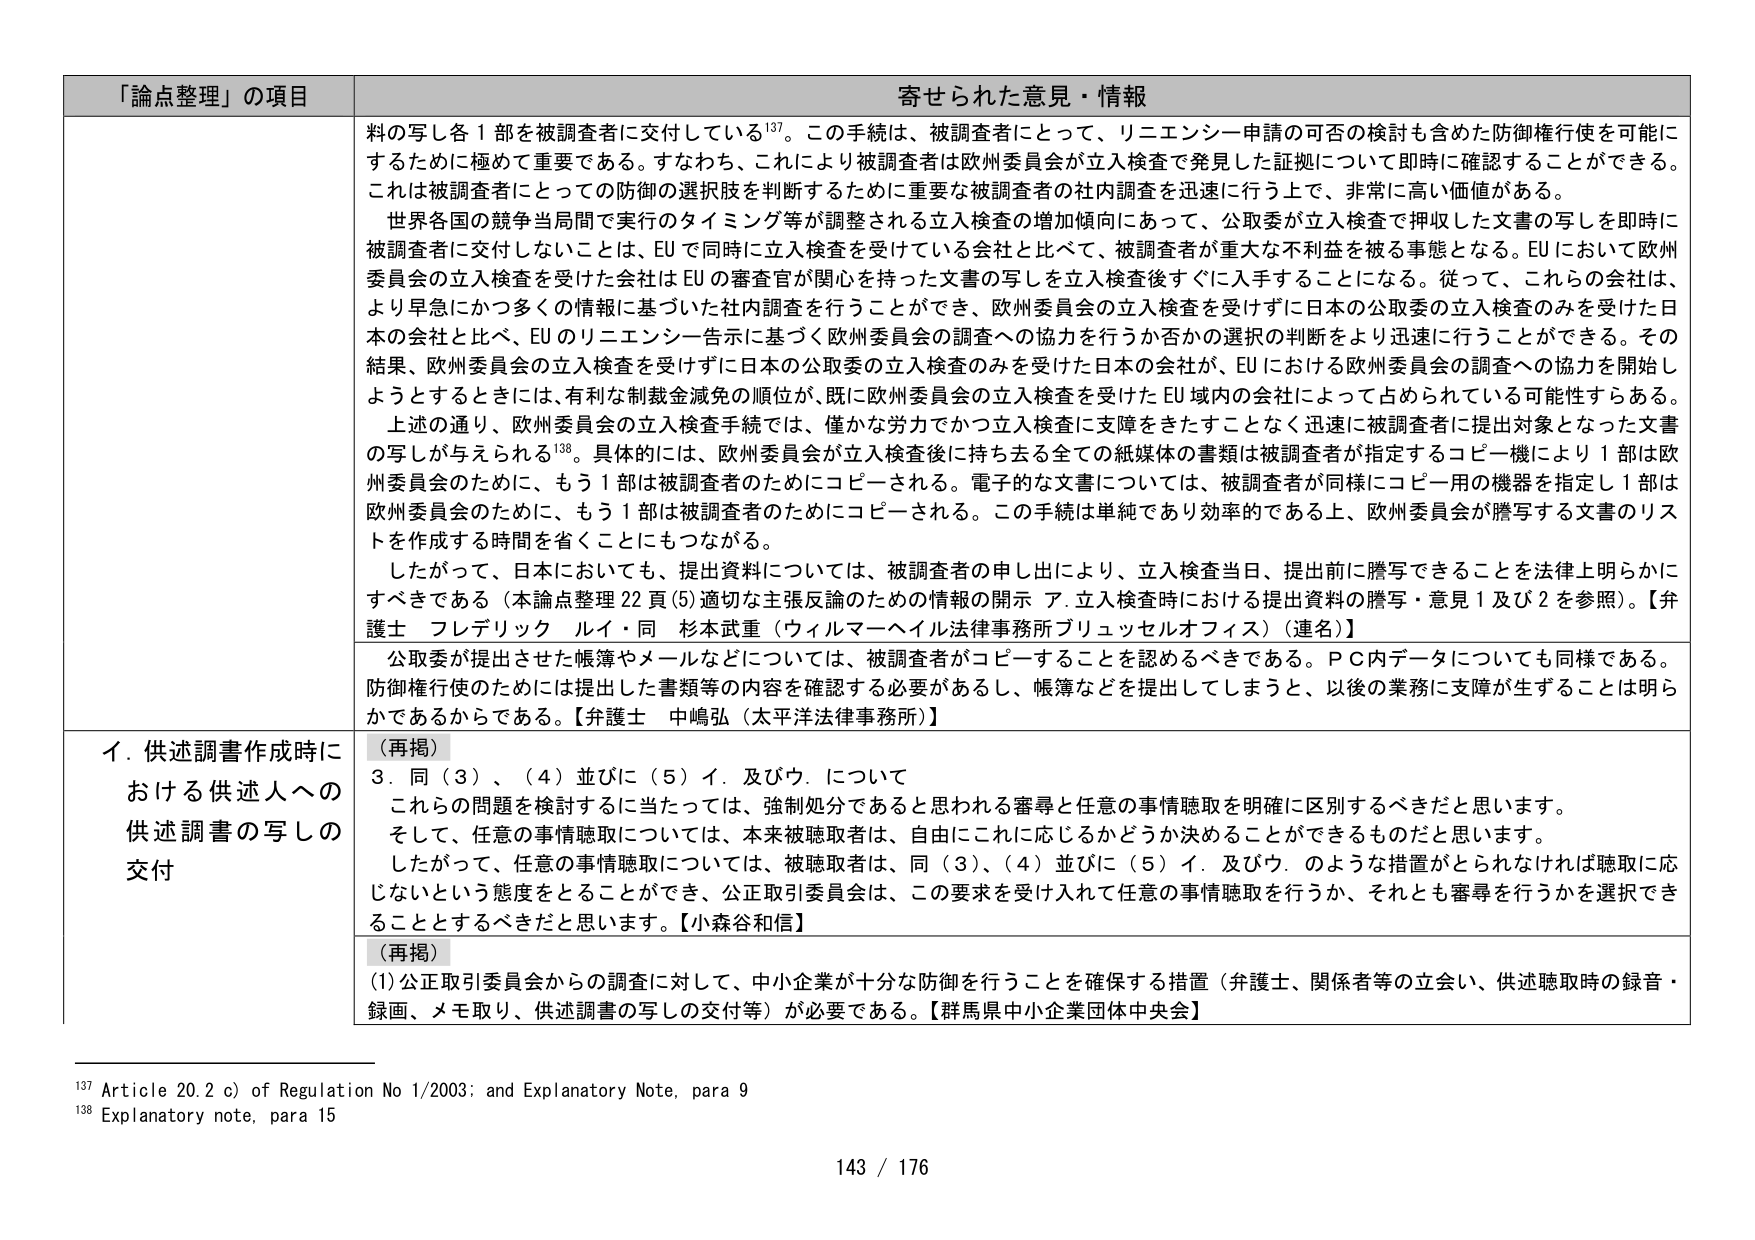
「論点整理」の項目 寄せられた意見・情報

料の写し各1部を被調査者に交付している137。この手続は、被調査者にとって、リニエンシー申請の可否の検討も含めた防御権行使を可能にするために極めて重要である。すなわち、これにより被調査者は欧州委員会が立入検査を発見した証拠について即時に確認することができる。これは被調査者にとっての防御の選択肢を判断するために重要な被調査者の社内調査を迅速に行う上で、非常に高い価値がある。

世界各国の競争当局間で実行のタイミング等が調整される立入検査の増加傾向にあって、公取委が立入検査で押収した文書の写しを即時に被調査者に交付しないことは、EUで同時に立入検査を受けている会社と比べて、被調査者が重大な不利益を被る事態となる。EUにおいて欧州委員会の立入検査を受けた会社はEUの審査官が関心を持った文書の写しを立入検査後すぐに入手することになる。従って、これらの会社は、より早急にかつ多くの情報に基づいた社内調査を行うことができ、欧州委員会の立入検査を受けずに日本の公取委の立入検査のみを受けた日本の会社と比べ、EUのリニエンシー告示に基づく欧州委員会の調査への協力を行うか否かの選択の判断をより迅速に行うことができる。その結果、欧州委員会の立入検査を受けずに日本の公取委の立入検査のみを受けた日本の会社が、EUにおける欧州委員会の調査への協力を開始しようとするときには、有利な制裁金減免の順位が、既に欧州委員会の立入検査を受けたEU域内の会社によって占められている可能性すらある。

上述の通り、欧州委員会の立入検査手続では、僅かな労力でかつ立入検査に支障をきたすことなく迅速に被調査者に提出対象となった文書の写しが与えられる138。具体的には、欧州委員会が立入検査後に持ち去る全ての紙媒体の書類は被調査者が指定するコピー機により1部は欧州委員会のために、もう1部は被調査者のためにコピーされる。電子的な文書については、被調査者が同様にコピー用の機器を指定し1部は欧州委員会のために、もう1部は被調査者のためにコピーされる。この手続は単純であり効率的である上、欧州委員会が謄写する文書のリストを作成する時間を省くことにもつながる。

したがって、日本においても、提出資料については、被調査者の申し出により、立入検査当日、提出前に謄写できることを法律上明らかにすべきである（本論点整理22頁(5)適切な主張反論のための情報の開示 ア.立入検査時における提出資料の謄写・意見1及び2を参照）。【弁護士 フレデリック ルイ・同 杉本武重（ウィルマーヘイル法律事務所ブリュッセルオフィス）（連名）】

公取委が提出させた帳簿やメールなどについては、被調査者がコピーすることを認めるべきである。PC内データについても同様である。防御権行使のためには提出した書類等の内容を確認する必要があるし、帳簿などを提出してしまうと、以後の業務に支障が生ずることは明らかであるからである。【弁護士 中嶋弘（太平洋法律事務所）】

イ．供述調書作成時における供述人への供述調書の写しの交付

（再掲）
3．同（3）、（4）並びに（5）イ．及びウ．について
これらの問題を検討するに当たっては、強制処分であると思われる審尋と任意の事情聴取を明確に区別するべきだと思います。
そして、任意の事情聴取については、本来被聴取者は、自由にこれに応じるかどうか決めることができるものだと思います。
したがって、任意の事情聴取については、被聴取者は、同（3）、（4）並びに（5）イ．及びウ．のような措置がとられなければ聴取に応じないという態度をとることができ、公正取引委員会は、この要求を受け入れて任意の事情聴取を行うか、それとも審尋を行うかを選択できることとするべきだと思います。【小森谷和信】

（再掲）
(1)公正取引委員会からの調査に対して、中小企業が十分な防御を行うことを確保する措置（弁護士、関係者等の立会い、供述聴取時の録音・録画、メモ取り、供述調書の写しの交付等）が必要である。【群馬県中小企業団体中央会】

137 Article 20.2 c) of Regulation No 1/2003; and Explanatory Note, para 9
138 Explanatory note, para 15

143 / 176